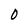
Character: 0